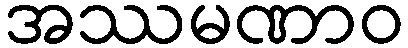
အဿမဏာဝ